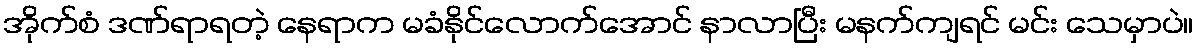
အိုက်စံ ဒဏ်ရာရတဲ့ နေရာက မခံနိုင်လောက်အောင် နာလာပြီး မနက်ကျရင် မင်း သေမှာပဲ။